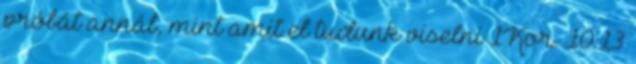
próbát annál, mint amit el tudunk viselni 1Kor. 10:13